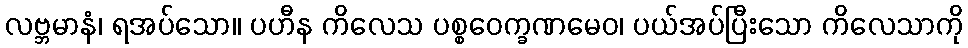
လဗ္ဘမာနံ၊ ရအပ်သော။ ပဟီန ကိလေသ ပစ္စဝေက္ခဏမေဝ၊ ပယ်အပ်ပြီးသော ကိလေသာကို